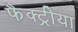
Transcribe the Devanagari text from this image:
फैक्ट्रीया